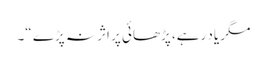
مگر یاد رہے، پڑھائی پر اثر نہ پڑے “۔